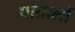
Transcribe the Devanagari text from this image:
पातालों